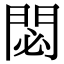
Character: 閟